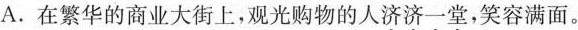
A.在繁华的商业大街上，观光购物的人\underset{·}{济} \underset{·}{济} \underset{·}{一} \underset{·}{堂} ，笑容满面。